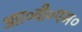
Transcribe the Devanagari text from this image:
आर०वी०एम०